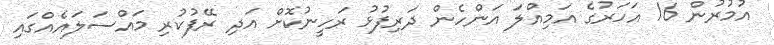
އުމުރުން 16 އަހަރުގެ އަމިއްލަ އަންހެން ދަރިފުޅު ރަހީނުކޮށް އަދި ރޭފުކުރި މައްސަލައެއްގައި